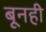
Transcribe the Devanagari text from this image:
बूनही